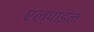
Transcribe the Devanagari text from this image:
एल्‍पाइन